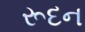
રૂદન